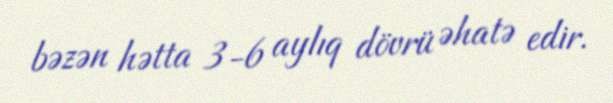
bəzən hətta 3-6 aylıq dövrü əhatə edir.